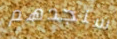
سنجدهم